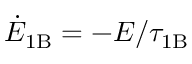
\dot { E } _ { \mathrm { 1 B } } = - E / \tau _ { \mathrm { 1 B } }